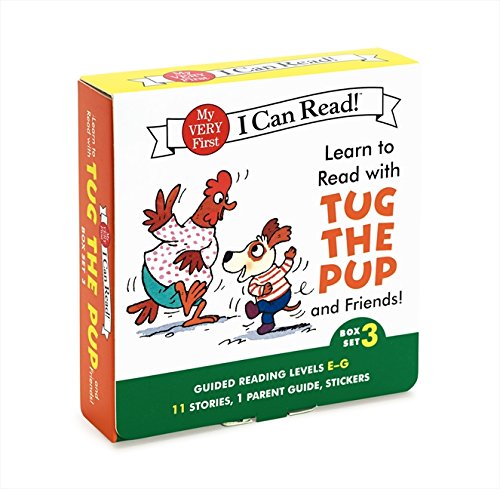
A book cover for Learn to Read with Tug the Pup and Friends! Box Set 3: Levels Included: E-G (My Very First I Can Read); Dr. Julie M. Wood; Children's Books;